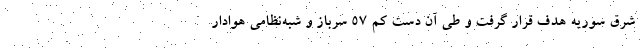
شرق سوریه هدف قرار گرفت و طی آن دست کم ۵۷ سرباز و شبه‌نظامی هوادار